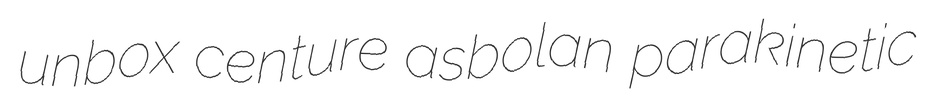
unbox centure asbolan parakinetic